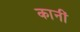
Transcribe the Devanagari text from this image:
कानीं